Report on vaccination in Madras 1877-1894 - 1877-1894
Year: 1877
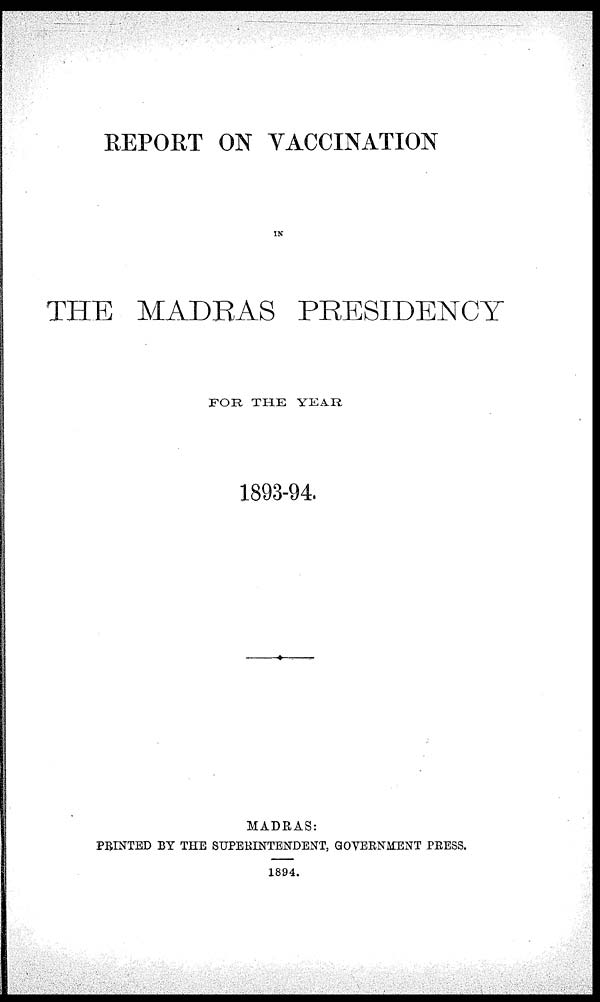
REPORT ON VACCINATION
IN
THE MADRAS PRESIDENCY
FOR THE YEAR
1893-94.
MADRAS:
PRINTED BY THE SUPERINTENDENT, GOVERNMENT PRESS.
1894.